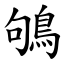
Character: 鴝